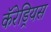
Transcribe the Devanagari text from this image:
कॅरेड्रियस